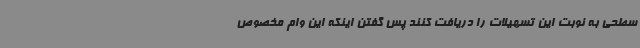
سطحی به نوبت این تسهیلات را دریافت کنند پس گفتن اینکه این وام مخصوص